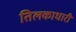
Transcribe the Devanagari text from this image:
तिलकाधारी